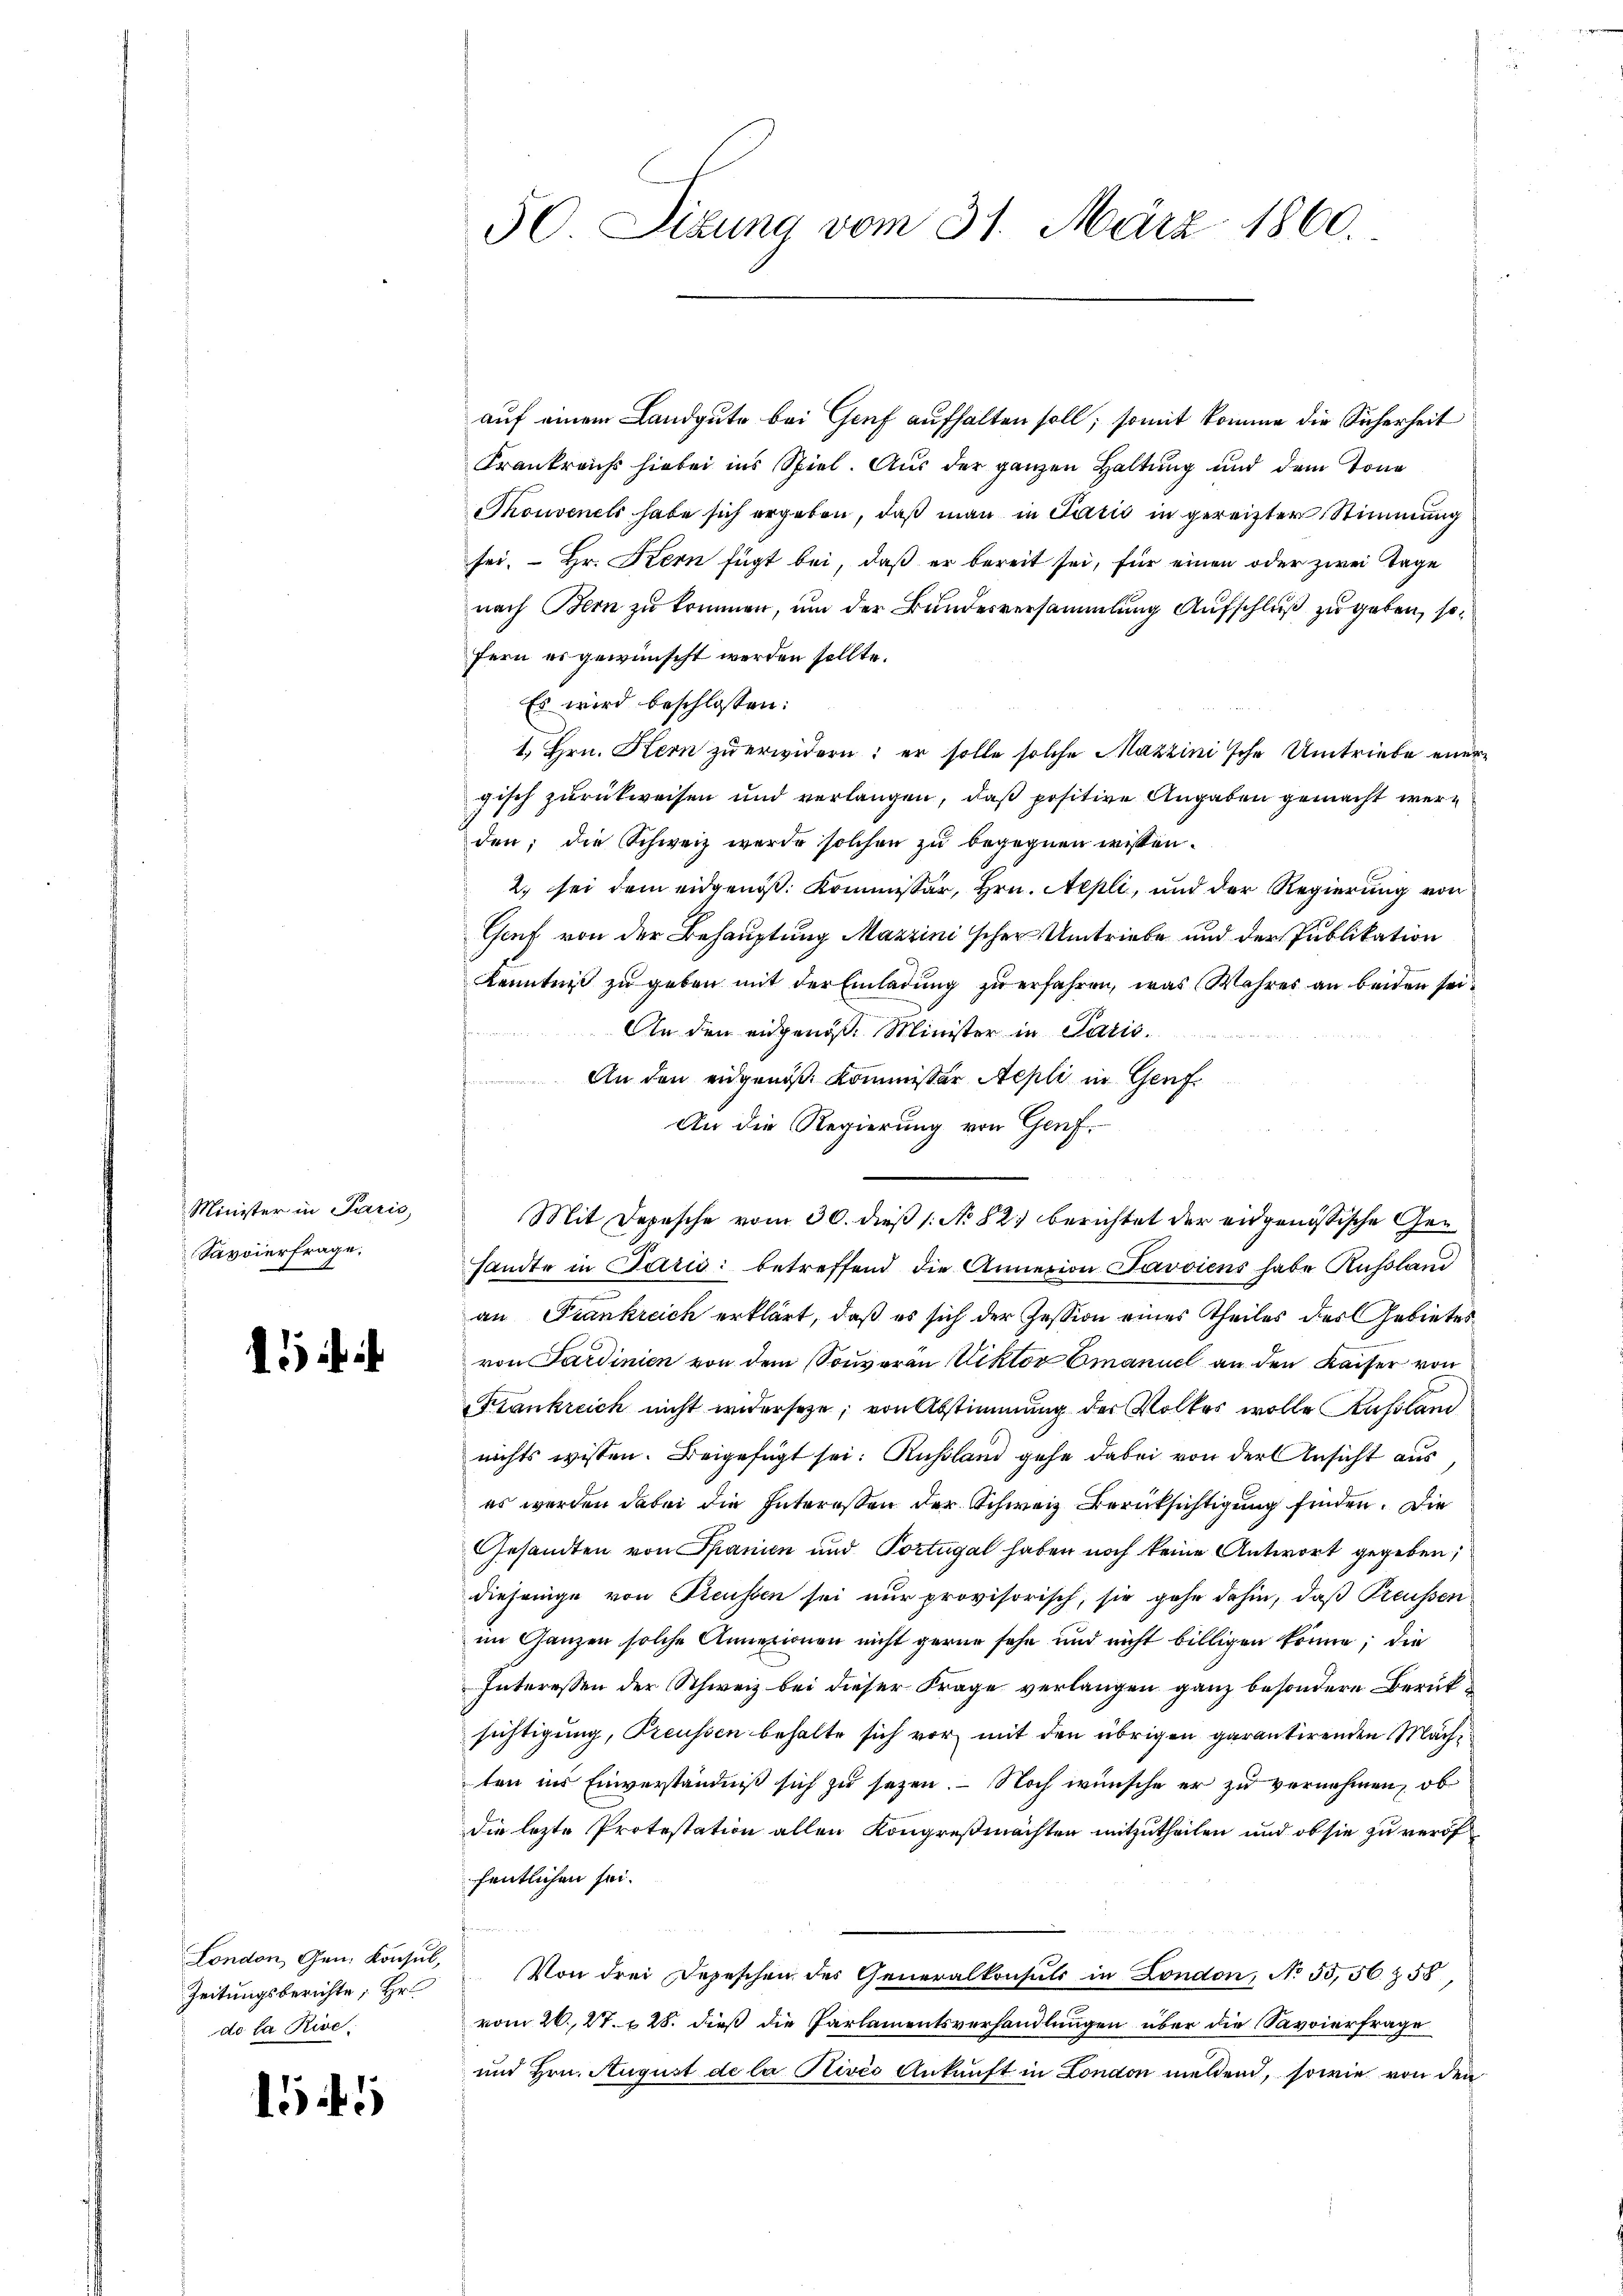
Minister in Paris
Savvierfrage.

2

.

London, Gen. Konsul,
Zeitungsberichte, Hr
de la Rive.

15

50. Sizung vom 31. März 1860.

auf einem Landgute bei Genf aufhalten soll; somit komme die Sicherheit
Frankreichs hiebei ins Spiel. Aus der ganzen Haltung und dem Tona
Thouvenels habe sich ergeben, daß man in Paris in gereizter Stimmung
sei. Hr. Kern fügt bei, daß er bereit sei, für einen oder zwei Tage
nach Bern zu kommen, um der Bundesversammlung Aufschluß zu geben, so
fern es gewünscht werden sollte.
Es wird beschlossen:
1. Hrn. Kern zu erwidern: er solle solche Mazzinische Umtriebe einer
gisch zurückweisen und verlangen, daß positive Angaben gemacht werden; die Schweiz wurde solchen zu begegnen wissen.
2. sei dem eidgenöß: Kommissär, Hrn. Nepli, und der Regierung von
Gaf von der Behauptung Marzinischer Umtriebe und der Publikation
Kenntniß zu geben mit der Einladung zu erfahren, was Wahres an beiden sei¬
An den eidgenöß. Minister in Paris.
.
An den eidgenöß Kommissär Aepli in Genf.
An die Regierung von Genf.
sandte in Paris betreffend die Annexion Javviens habe Russland
an Frankreich erklärt, daß es sich der Zession eines Theiles des Gebietes
von Sardinien von dem Souveran Viktor Emanuel an den Kaiser von
Frankreich nicht widerseze, von Abstimmung der Volkes wolle Russland
nichts wissen. Beigefügt sei: Russland gehe dabei von der Ansicht aus
es werden dabei die Interessen der Schweiz Berüksichtigung finden. Die
Gesandten von Spanien und Portugal haben noch keine Antwort gegeben;
diejenige von Reussen sei nur provisorisch, sie gehe dahin, daß Preussen
im Ganzen solche Annexionen nicht gerne sehe und nicht billigen könne; die
Interessen der Schweiz bei dieser Frage verlangen ganz besondere Berücksichtigung, Preussen behalte sich vor mit den übrigen garantirenden Mächten ins Einverständniß sich zu sezen. — Noch wünsche er zu vernehmen, ob
die lezte Protestation allen Kongreßmächten mitzutheilen und ob sie zu veröffentlichen sei.
 2
Von drei Depeschen des Generalkonsuls in London, No 55, 56 § 58
vom 26. 27. 28. dieß die Parlamentsverhandlungen über die Savoierfrage
und Hrn. August de la Rivés Ankunft in London meldend, sowie von den

Mit Depesche vom 30. dieß (: No 82. berichtet der eidgenössische Ge¬